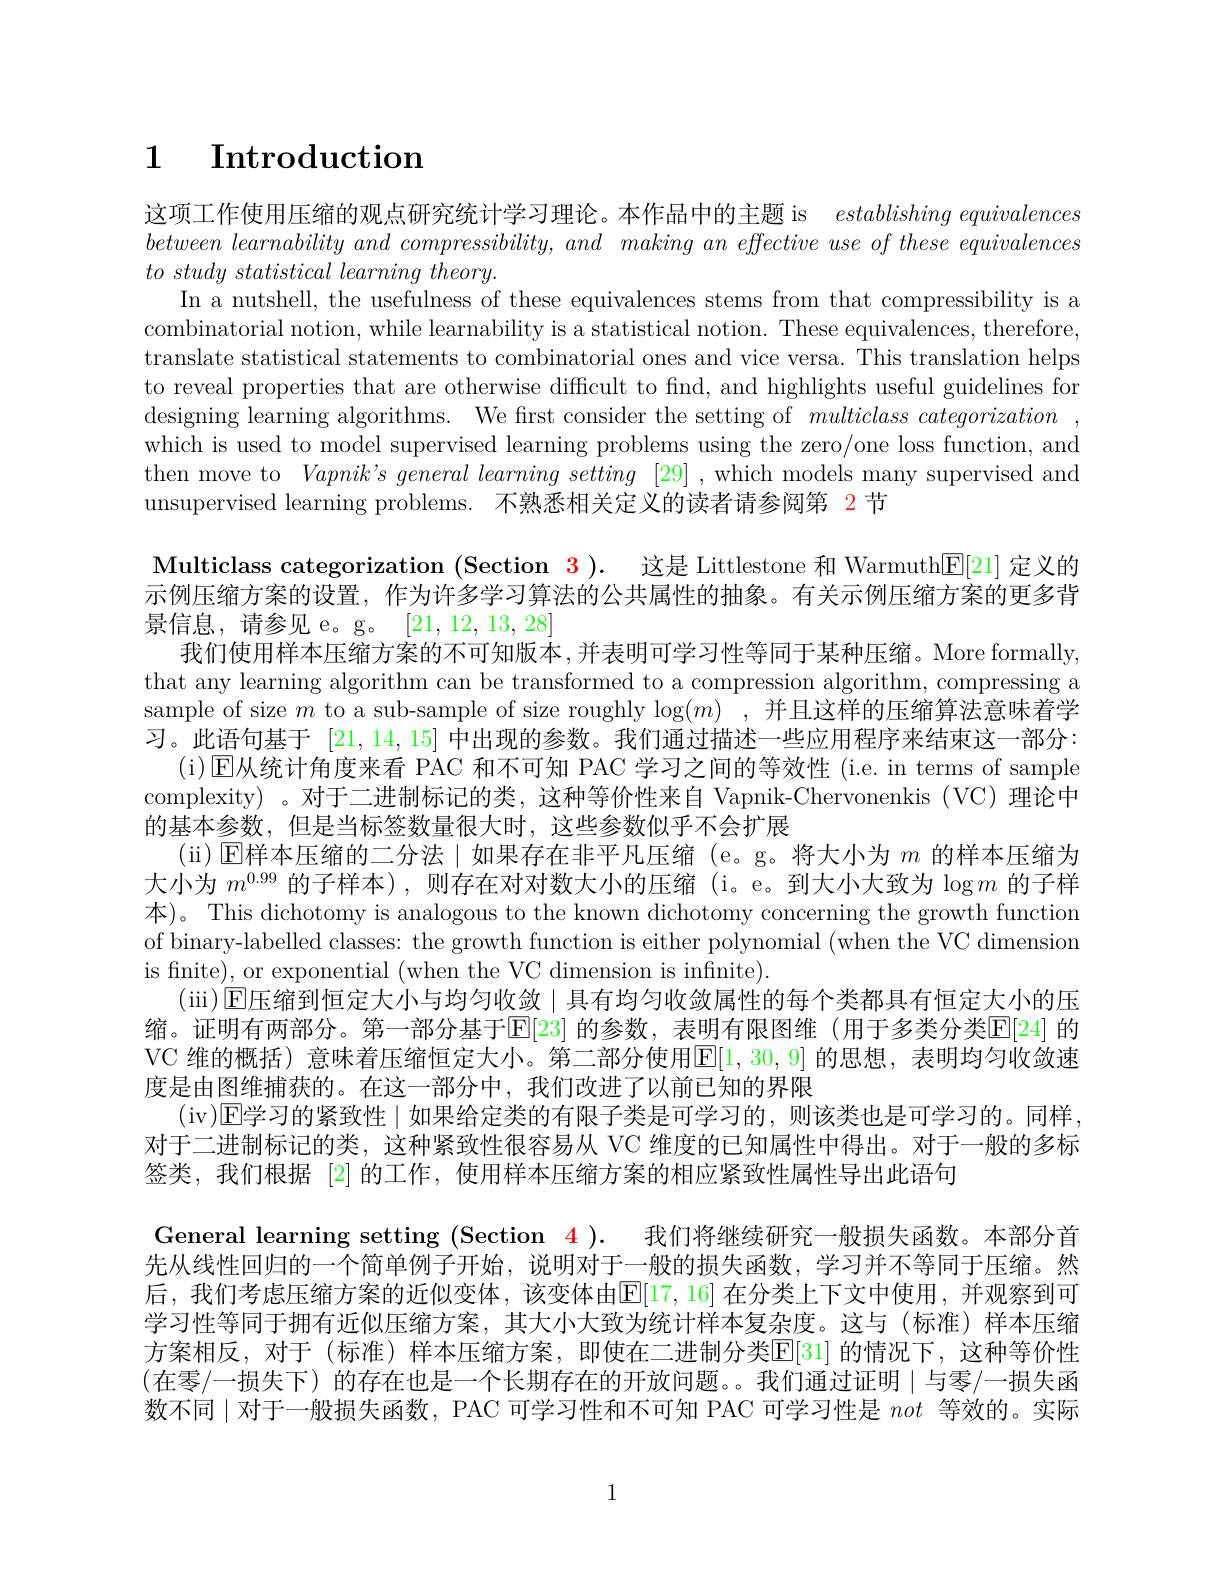
# $\begin{array}{cc}1&\textbf{Introduction}\end{array}$

这项工作使用压缩的观点研究统计学习理论。本作品中的主题 is establishingequivalences $between\textit{ learnability and compressibility, and making an effective use of these equivalences}$ $to$ study statistical learning $theory.$
In a nutshell, the usefulness of these equivalences stems from that compressibility is a combinatorial notion, while learnability is a statistical notion. These equivalences, therefore, translate statistical statements to combinatorial ones and vice versa. This translation helps to reveal properties that are otherwise difficult to find, and highlights useful guidelines for designing learning algorithms. We first consider the setting of $multiclass~categorization~$, which is used to model supervised learning problems using the zero/one loss function, and then move to $Vapnik^{\prime }s\textit{ general learning setting}$ [29] ,which models many supervised and unsupervised learning problems. 不熟悉相关定义的读者请参阅第 2 节

Multiclass categorization (Section $\color{red}3).\:$这是 Littlestone 和 Warmuth$\color{red}{E}[21]$ 定义的示例压缩方案的设置，作为许多学习算法的公共属性的抽象。有关示例压缩方案的更多背景信息，请参见 e。g。[21,12,13,28]
我们使用样本压缩方案的不可知版本，并表明可学习性等同于某种压缩。More formally, that any learning algorithm can be transformed to a compression algorithm, compressing a sample of size $m$ to a sub-sample of size roughly $\log ( m)$ ,并且这样的压缩算法意味着学习。此语句基于[21,14,15]中出现的参数。我们通过描述一些应用程序来结束这一部分：
(i) E从统计角度来看 PAC 和不可知 PAC 学习之间的等效性 (i.e. in terms of sample complexity) 。对于二进制标记的类，这种等价性来自 Vapnik-Chervonenkis (VC)理论中的基本参数，但是当标签数量很大时，这些参数似乎不会扩展
(ii)$\operatorname{E\text{样本压缩的二分法}|\text{如果存在非平凡压缩(e。g。将大小为 }m\text{ 的样本压缩为}}$ 大小为$m^{0.99}$的子样本),则存在对对数大小的压缩 (i。e。到大小大致为$\log m$的子样本)。This dichotomy is analogous to the known dichotomy concerning the growth function of binary-labelled classes: the growth function is either polynomial (when the VC dimension is fnite), or exponential (when the VC dimension is infinite)
(iii)|El压缩到恒定大小与均匀收敛$\mid$具有均匀收敛属性的每个类都具有恒定大小的压缩。证明有两部分。第一部分基于[E[23] 的参数，表明有限图维(用于多类分类E[24] 的VC 维的概括) 意味着压缩恒定大小。第二部分使用$\mathbb{E}[1,30,9]$ 的思想，表明均匀收敛速度是由图维捕获的。在这一部分中，我们改进了以前已知的界限
(iv)E学习的紧致性$\mid$如果给定类的有限子类是可学习的，则该类也是可学习的。同样， 对于二进制标记的类，这种紧致性很容易从 VC 维度的已知属性中得出。对于一般的多标签类，我们根据 [2] 的工作，使用样本压缩方案的相应紧致性属性导出此语句
General learning setting (Section 4 ). 我们将继续研究一般损失函数。本部分首先从线性回归的一个简单例子开始，说明对于一般的损失函数，学习并不等同于压缩。然后，我们考虑压缩方案的近似变体，该变体由E[17,16] 在分类上下文中使用，并观察到可学习性等同于拥有近似压缩方案，其大小大致为统计样本复杂度。这与(标准)样本压缩方案相反，对于(标准)样本压缩方案，即使在二进制分类E[31]的情况下，这种等价性(在零/一损失下)的存在也是一个长期存在的开放问题。我们通过证明$\mid$与零/一损失函数不同$\mid$对于一般损失函数，PAC 可学习性和不可知 PAC 可学习性是 not 等效的。实际

1